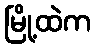
မြို့ထဲက